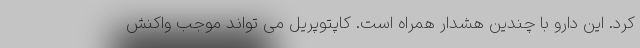
کرد. این دارو با چندین هشدار همراه است. کاپتوپریل می تواند موجب واکنش